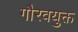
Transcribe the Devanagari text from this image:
गौरवयुक्त